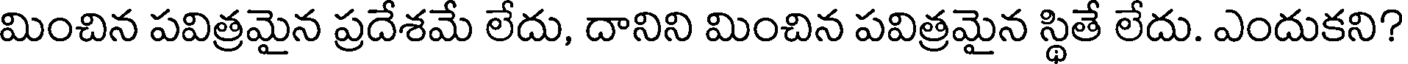
మించిన పవిత్రమైన ప్రదేశమే లేదు, దానిని మించిన పవిత్రమైన స్థితే లేదు. ఎందుకని?